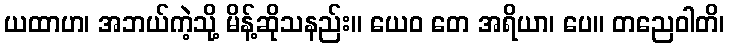
ယထာဟ၊ အဘယ်ကဲ့သို့ မိန့်ဆိုသနည်း။ ယေဝ တေ အရိယာ၊ ပေ။ တညေဝါတိ၊